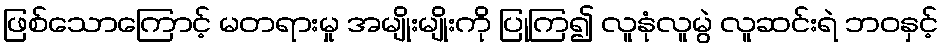
ဖြစ်သောကြောင့် မတရားမှု အမျိုးမျိုးကို ပြုကြ၍ လူနုံလူမွဲ လူဆင်းရဲ ဘဝနှင့်